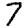
Digit: 7